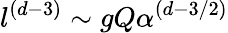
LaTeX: l^{(d-3)}\sim gQ\alpha^{(d-3/2)}